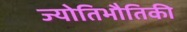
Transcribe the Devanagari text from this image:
ज्योतिभौतिकी